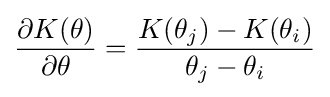
{\frac {\partial K(\theta )}{\partial \theta }}={\frac {K(\theta _{j})-K(\theta _{i})}{\theta _{j}-\theta _{i}}}